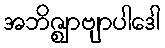
အဘိဇ္ဈာဗျာပါဒေါ